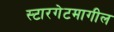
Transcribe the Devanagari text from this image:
स्टारगेटमागील